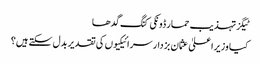
ٹیگزتہذیب حمار ڈونکی کنگ گدھا
کیا وزیراعلیٰ عثمان بزدار سرائیکیوں کی تقدیر بدل سکتے ہیں؟